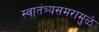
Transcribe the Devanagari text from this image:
स्वातंत्र्यसमरामुळे